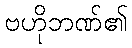
ဗဟိုဘဏ်၏